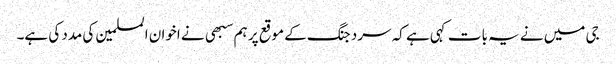
جی میں نے یہ بات کہی ہے کہ سرد جنگ کے موقع پر ہم سبهی نے اخوان المسلمین کی مدد کی ہے۔